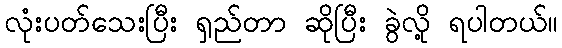
လုံးပတ်သေးပြီး ရှည်တာ ဆိုပြီး ခွဲလို့ ရပါတယ်။